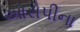
આરોપીના